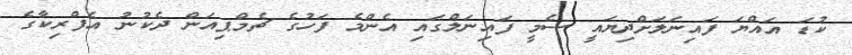
ކުޑަ އައްޔަ ފައިނަލަށްދިޔައީ ސެމީ ފައިނަލްގައި އެންމެ ފަހުގެ ޗެމްޕިއަން ދެކުނު އެފްރިކާގެ